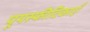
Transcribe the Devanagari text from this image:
पूयस्फीटिकाएँ